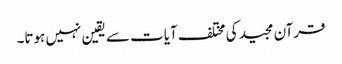
قرآن مجید کی مختلف آیات سے یقین نہیں ہوتا۔